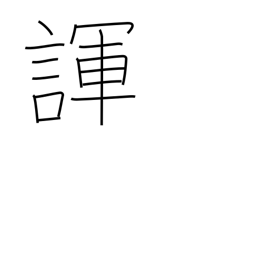
Meaning: joke